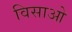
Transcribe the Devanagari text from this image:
विसाओ